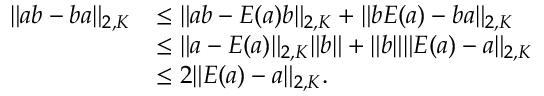
\begin{array} { r l } { \lVert a b - b a \rVert _ { 2 , K } } & { \le \lVert a b - E ( a ) b \rVert _ { 2 , K } + \lVert b E ( a ) - b a \rVert _ { 2 , K } } \\ & { \le \lVert a - E ( a ) \rVert _ { 2 , K } \lVert b \rVert + \lVert b \rVert \lVert E ( a ) - a \rVert _ { 2 , K } } \\ & { \le 2 \lVert E ( a ) - a \rVert _ { 2 , K } . } \end{array}